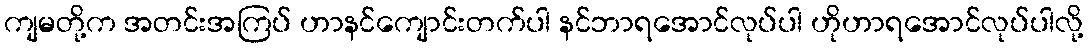
ကျမတို့က အတင်းအကြပ် ဟာနင်ကျောင်းတက်ပါ နင်ဘာရအောင်လုပ်ပါ ဟိုဟာရအောင်လုပ်ပါလို့